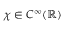
\chi \in C ^ { \infty } ( \mathbb { R } )